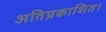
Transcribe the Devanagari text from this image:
अतिप्रकाशित।